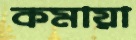
কমায়া